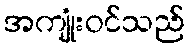
အကျုံးဝင်သည်